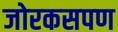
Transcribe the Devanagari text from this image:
जोरकसपण